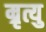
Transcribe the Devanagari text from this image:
म्रृत्यु